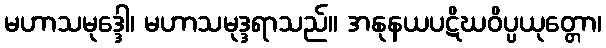
မဟာသမုဒ္ဒေါ၊ မဟာသမုဒ္ဒရာသည်။ အနုနယပဋိဃဝိပ္ပယုတ္တော၊